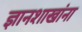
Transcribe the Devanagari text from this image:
ज्ञानशाखांना